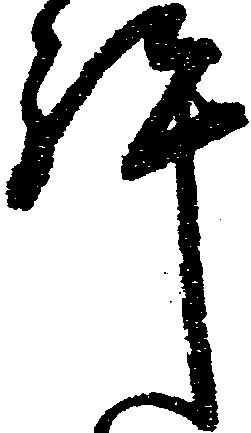
許